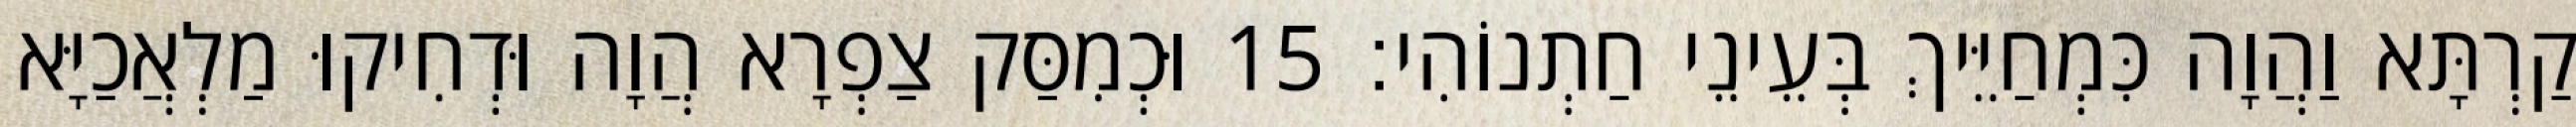
קַרְתָּא וַהֲוָה כִּמְחַיֵּיךְ בְּעֵינֵי חַתְנוֹהִי׃ 15 וּכְמִסַּק צַפְרָא הֲוָה וּדְחִיקוּ מַלְאֲכַיָּא